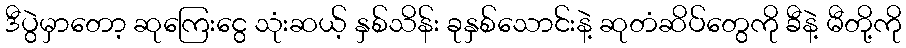
ဒီပွဲမှာတော့ ဆုကြေးငွေ သုံးဆယ့် နှစ်သိန်း ခုနှစ်သောင်းနဲ့ ဆုတံဆိပ်တွေကို ခီနဲ့ မီတို့ကို